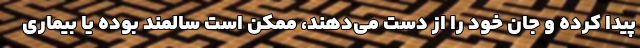
پیدا کرده و جان خود را از دست می‌دهند، ممکن است سالمند بوده یا بیماری